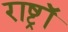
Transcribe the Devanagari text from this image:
राष्ट्रॉ